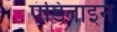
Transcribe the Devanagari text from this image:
पंडिताइन